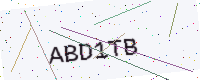
Text: ABD1TB